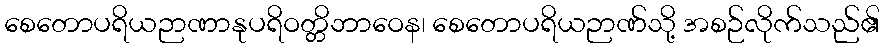
စေတောပရိယဉာဏာနုပရိဝတ္တိဘာဝေန၊ စေတောပရိယဉာဏ်သို့ အစဉ်လိုက်သည်၏